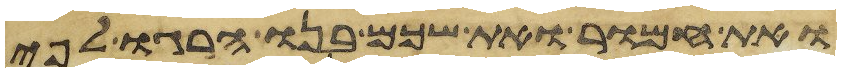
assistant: ואת חמור ואת שכם בנו הרגו לפי